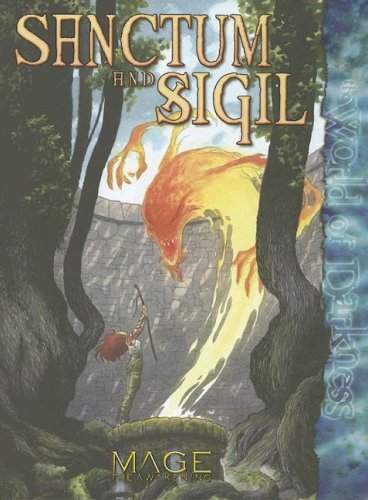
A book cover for Sanctum and Sigil: Mage the Awakening; Brian Campbell; Science Fiction & Fantasy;